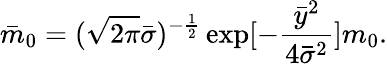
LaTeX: {\bar{m}}_{0}=(\sqrt{2\pi}{\bar{\sigma}})^{-\frac{1}{2}}\exp[-\frac{{\bar{y}}^{2}}{4{\bar{\sigma}}^{2}}]m_{0}.